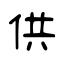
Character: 供